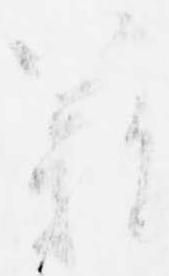
難